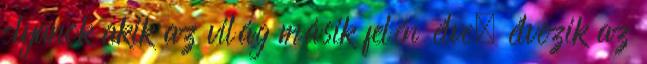
olyanok akik az világ másik felén élve, élvezik az